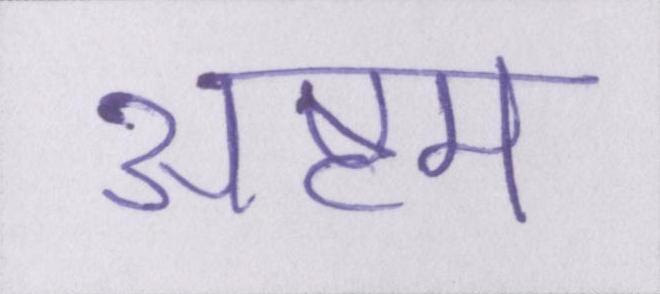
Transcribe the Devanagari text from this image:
अष्टम